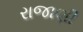
રાજાણી